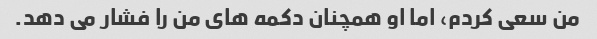
من سعی کردم، اما او همچنان دکمه های من را فشار می دهد.